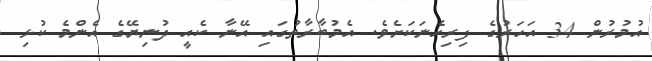
އުމުރުން 34 އަހަރުގެ ފިރިހެނަކަށެވެ. އެމުބާރާތުގައި އޭނާ ކެއީ ދުނިޔޭގެ އެންމެ ކުޅި